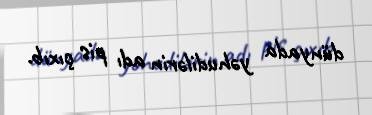
dünyada yəhudilərin adı pis çıxıb.